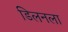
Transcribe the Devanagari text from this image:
डिलनला